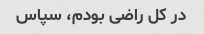
در کل راضی بودم، سپاس